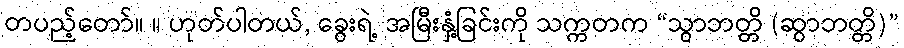
တပည့်တော်။ ။ ဟုတ်ပါတယ်, ခွေးရဲ့ အမြီးနှံ့ခြင်းကို သက္ကတက “သွာဘတ္တိ (ဆွာဘတ္တိ)”